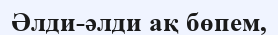
Әлди-әлди ақ бөпем,